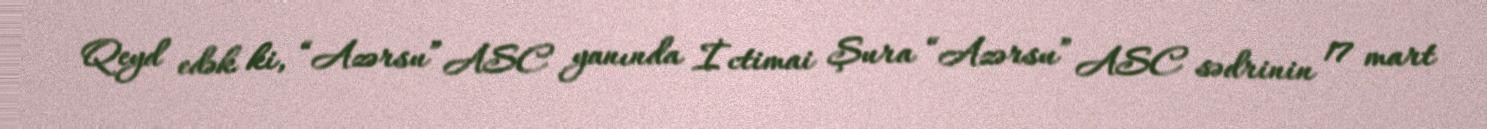
Qeyd edək ki, “Azərsu” ASC yanında İctimai Şura “Azərsu” ASC sədrinin 17 mart